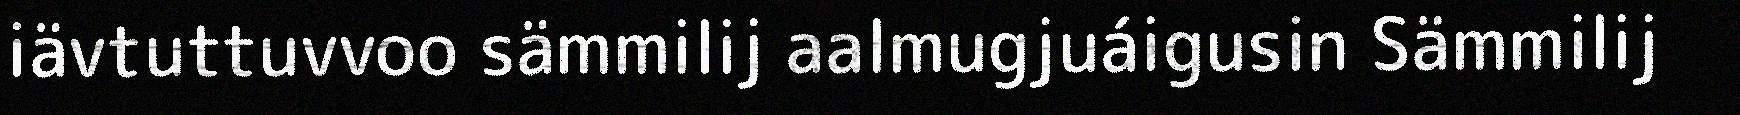
iävtuttuvvoo sämmilij aalmugjuáigusin Sämmilij